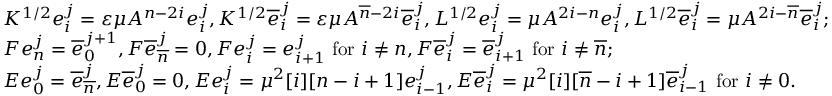
\begin{array} { r l } & { K ^ { 1 / 2 } e _ { i } ^ { j } = \varepsilon \mu A ^ { n - 2 i } e _ { i } ^ { j } , K ^ { 1 / 2 } \overline { { e } } _ { i } ^ { j } = \varepsilon \mu A ^ { \overline { { n } } - 2 i } \overline { { e } } _ { i } ^ { j } , L ^ { 1 / 2 } e _ { i } ^ { j } = \mu A ^ { 2 i - n } e _ { i } ^ { j } , L ^ { 1 / 2 } \overline { { e } } _ { i } ^ { j } = \mu A ^ { 2 i - \overline { { n } } } \overline { { e } } _ { i } ^ { j } ; } \\ & { F e _ { n } ^ { j } = \overline { { e } } _ { 0 } ^ { j + 1 } , F \overline { { e } } _ { \overline { { n } } } ^ { j } = 0 , F e _ { i } ^ { j } = e _ { i + 1 } ^ { j } \mathrm { ~ f o r ~ } i \neq n , F \overline { { e } } _ { i } ^ { j } = \overline { { e } } _ { i + 1 } ^ { j } \mathrm { ~ f o r ~ } i \neq \overline { { n } } ; } \\ & { E e _ { 0 } ^ { j } = \overline { { e } } _ { \overline { { n } } } ^ { j } , E \overline { { e } } _ { 0 } ^ { j } = 0 , E e _ { i } ^ { j } = \mu ^ { 2 } [ i ] [ n - i + 1 ] e _ { i - 1 } ^ { j } , E \overline { { e } } _ { i } ^ { j } = \mu ^ { 2 } [ i ] [ \overline { { n } } - i + 1 ] \overline { { e } } _ { i - 1 } ^ { j } \mathrm { ~ f o r ~ } i \neq 0 . } \end{array}